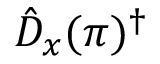
\hat { D } _ { x } ( \pi ) ^ { \dagger }